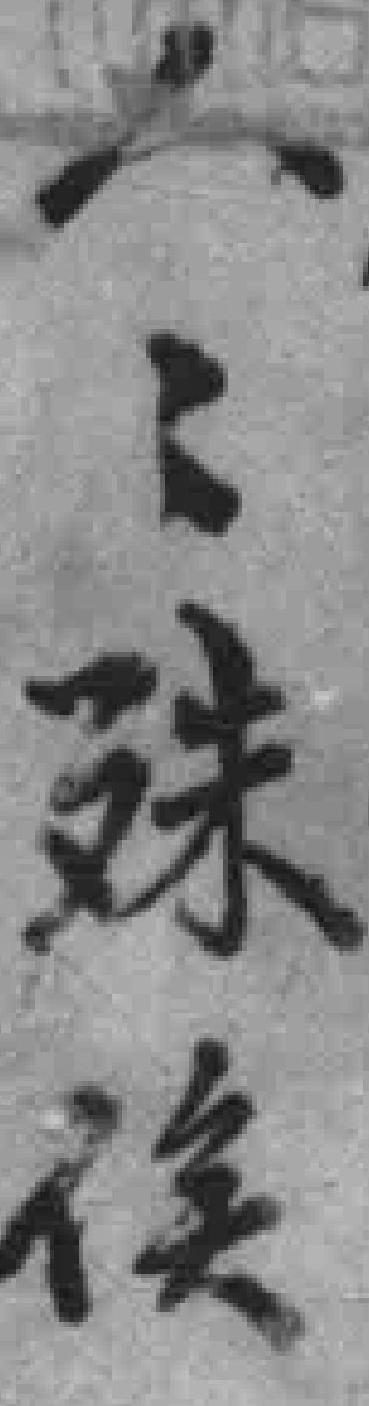
人*殊俟